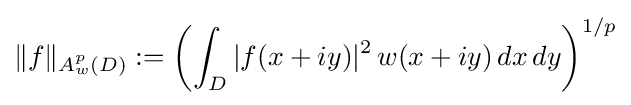
\|f\|_{A_{w}^{p}(D)}:=\left(\int _{D}|f(x+iy)|^{2}\,w(x+iy)\,dx\,dy\right)^{1/p}